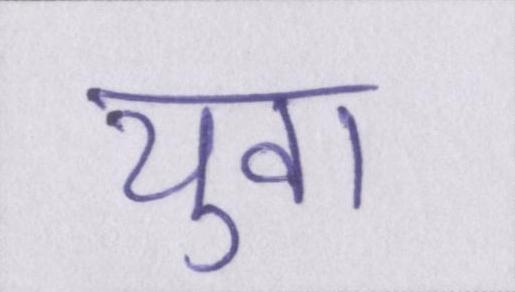
युवा